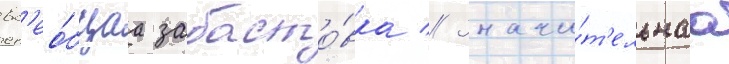
вс'ео́бщаа забасто́вка // Значи́т'ельнаа